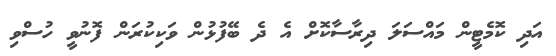
އަދި ކޮމެޓީން މައްސަލަ ދިރާސާކޮށް އެ ދެ ބޭފުޅުން ވަކިކުރަން ފޮނުވީ ހުސްވި